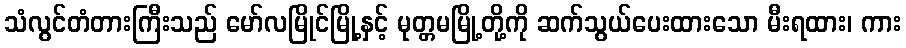
သံလွင်တံတားကြီးသည် မော်လမြိုင်မြို့နှင့် မုတ္တမမြို့တို့ကို ဆက်သွယ်ပေးထားသော မီးရထား၊ ကား